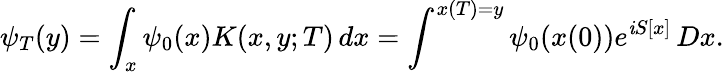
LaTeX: \psi_{T}(y)=\int_{x}\psi_{0}(x)K(x,y;T)\, dx=\int^{x(T)=y}\psi_{0}(x(0))e^{\mathit{i}S[x]}\, Dx.